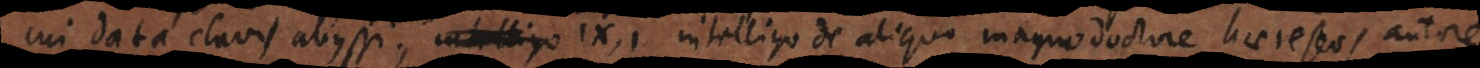
cui data clavis abyssi, IX, 1 intelligo de aliquo magno doctore, haereseos autore,